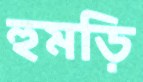
হুমড়ি